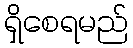
ရှိစေရမည်